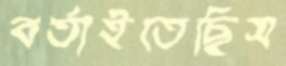
বর্তাইতেছিস